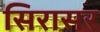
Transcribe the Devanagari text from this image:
सिरासर